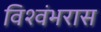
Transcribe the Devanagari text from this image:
विश्वंभरास